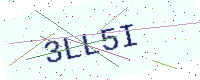
Text: 3LL5I